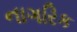
નાગરિક